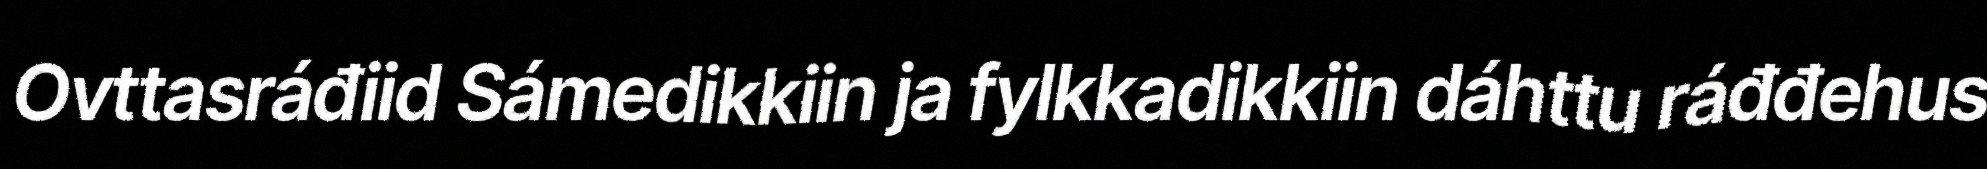
Ovttasráđiid Sámedikkiin ja fylkkadikkiin dáhttu ráđđehus